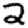
Digit: 2